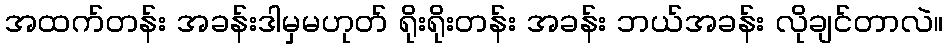
အထက်တန်း အခန်းဒါမှမဟုတ် ရိုးရိုးတန်း အခန်း ဘယ်အခန်း လိုချင်တာလဲ။